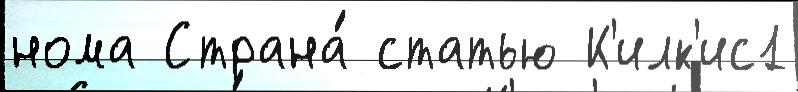
нома Страна́ статью К'илк'ис1